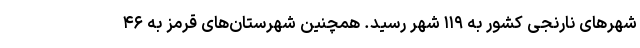
شهر‌های نارنجی کشور به ۱۱۹ شهر رسید. همچنین شهرستان‌های قرمز به ۴۶